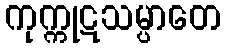
ကုက္ကုဋသမ္ပာတေ